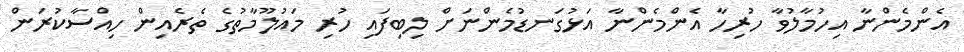
އެންމެންނާ އިހުމާލުވާ ހުރިހާ އެންމެންނާ އަޅުގަނޑުމެންނަށް ލިބިފައި ހުރި މައުލޫމާތުގެ ތެރެއިން ހިއްސާކުރަން